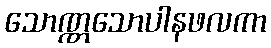
သောဏ္ဏသောပါနဖလကာ